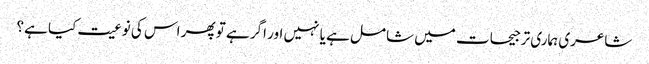
شاعری ہماری ترجیحات میں شامل ہے یا نہیں اور اگر ہے تو پھر اس کی نوعیت کیا ہے؟